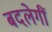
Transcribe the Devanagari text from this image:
बदलेगीं